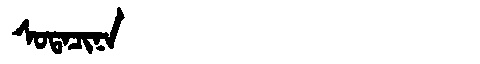
Manchu: ᠰᠣᡨᠠᠴᡳᠨᠠ
Romanization: SOTACINA